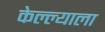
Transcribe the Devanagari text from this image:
केल्ल्याला